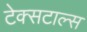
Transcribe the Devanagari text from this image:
टेक्सटाल्स